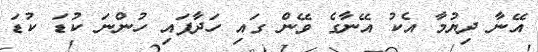
އޭނާ ދިޔުމާ އެކު އޭނާގެ ވޭން ގައި ހަދާފައި ހުންނަ ކުޑަ ކުޑަ